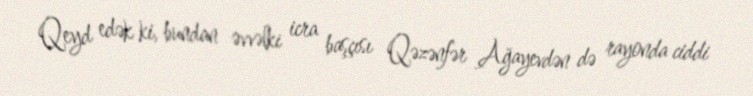
Qeyd edək ki, bundan əvvəlki icra başçısı Qəzənfər Ağayevdən də rayonda ciddi